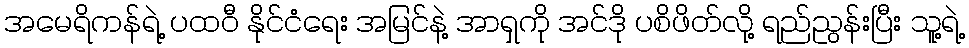
အမေရိကန်ရဲ့ ပထဝီ နိုင်ငံရေး အမြင်နဲ့ အာရှကို အင်ဒို ပစိဖိတ်လို့ ရည်ညွန်းပြီး သူ့ရဲ့